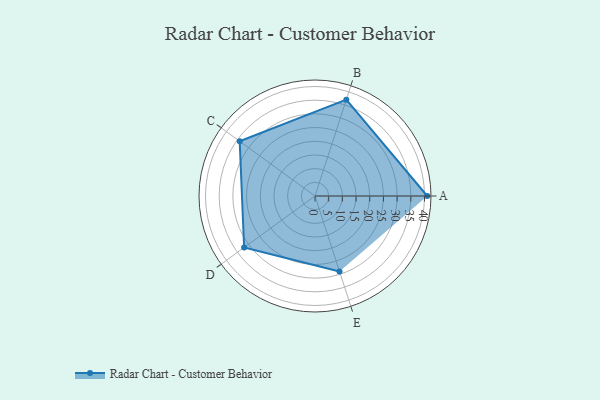
{"axis": {"x": "Skill", "y": "Score"}, "legend": ["Profile"], "data": [{"x": "A", "y": 41.0, "type": "Profile"}, {"x": "B", "y": 37.0, "type": "Profile"}, {"x": "C", "y": 34.0, "type": "Profile"}, {"x": "D", "y": 32.0, "type": "Profile"}, {"x": "E", "y": 29.0, "type": "Profile"}]}